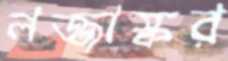
লজ্জাস্কর